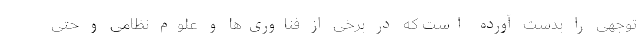
توجهی را بدست آورده است که در برخی از فناوری‌ها و علوم نظامی و حتی